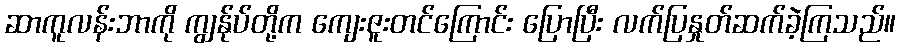
ဆာကူလန်းဘာကို ကျွန်ုပ်တို့က ကျေးဇူးတင်ကြောင်း ပြောပြီး လက်ပြနှုတ်ဆက်ခဲ့ကြသည်။